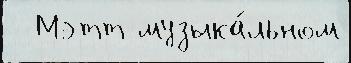
  Мэтт музыка́льном